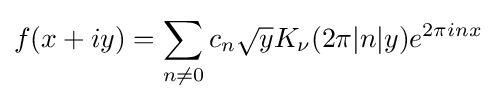
f(x+iy)=\sum _{n\neq 0}c_{n}{\sqrt {y}}K_{\nu }(2\pi |n|y)e^{2\pi inx}